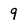
Character: 9